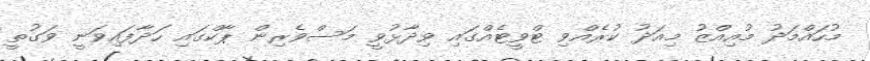
މުހައްމަދު މުއިއްޒު މިއަދު ކުރެއްވި ޓްވީޓެއްގައި ވިދާޅުވީ މަސްވެރިން ޕާކްގައި ހަދާފައިވަނީ ވަގުތީ